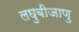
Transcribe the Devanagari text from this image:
लघुबीजाणु